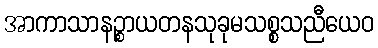
အာကာသာနဉ္စာယတနသုခုမသစ္စသညီယေဝ